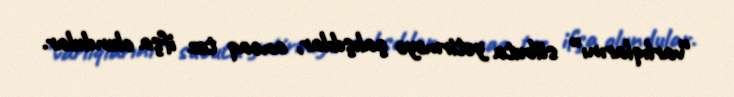
“varlıqlarını” sübuta yetirməyə çalışdılar, ancaq tez ifşa olundular.